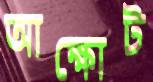
আক্ষোট